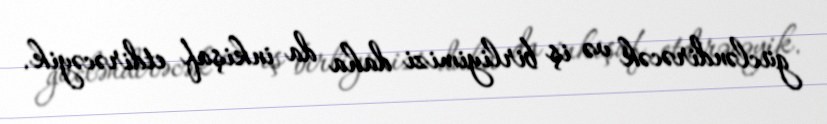
gücləndirəcək və iş birliyimizi daha da inkişaf etdirəcəyik.